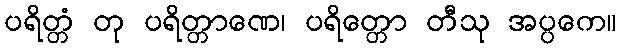
ပရိတ္တံ တု ပရိတ္တာဏေ၊ ပရိတ္တော တီသု အပ္ပကေ။